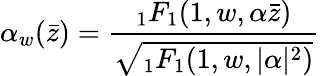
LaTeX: \alpha_{w}(\bar{z})=\frac{{}_{1}F_{1}(1,w,\alpha\bar{z})}{\sqrt{{}_{1}F_{1}(1,w,\vert\alpha\vert^{2})}}